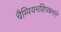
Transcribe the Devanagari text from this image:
चैम्पियनशिपबनाने